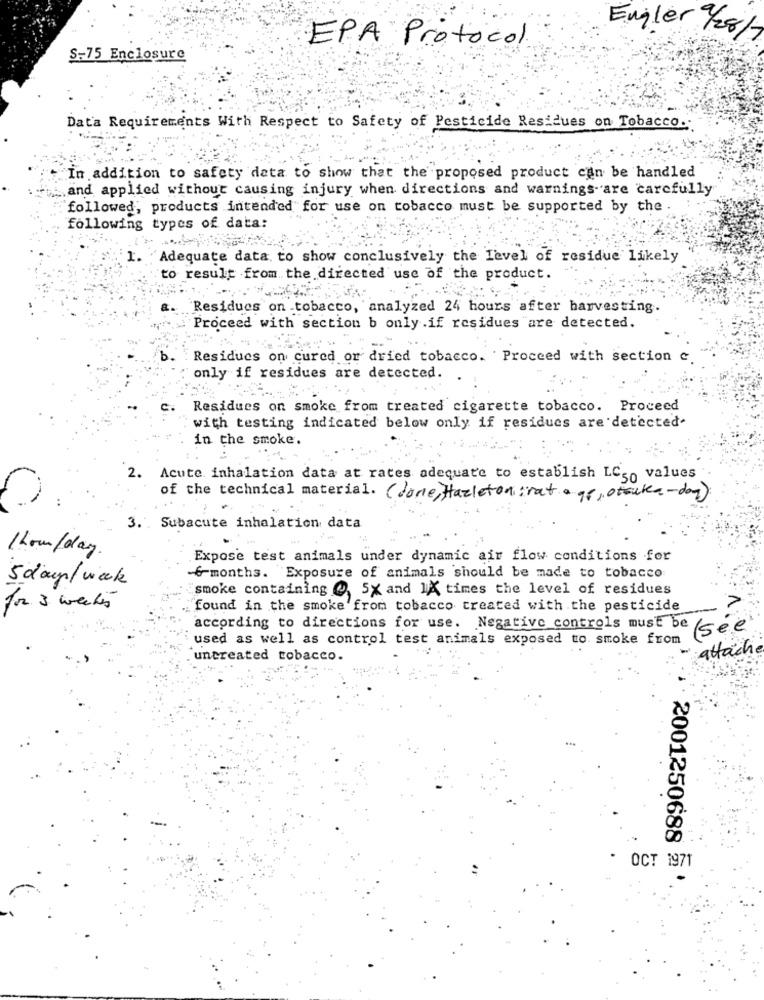
Engler / 28/7
EPA Protocol
S-75 Enclosure
Data Requirements With Respect to Safety of Pesticide Residues on Tobacco.
In addition to safety data to show that the proposed product can be handled
and applied without causing injury when directions and warnings- are carefully
followed, products intended for use on tobacco must be supported by the
following types of data:
Adequate data to show conclusively the Level of residue likely
to result from the directed use of the product.
Residues on tobacco, analyzed 24 hours after harvesting.
Proceed with section b only .if residues are detected.
b .
Residues on cured or dried tobacco. Proceed with section c.
only if residues are detected.
c.
Residues on smoke from treated cigarette tobacco. Proceed
with testing indicated below only if residues are detected.
in the smoke.
2. Acute inhalation data at rates adequate to establish LCs. values
of the technical material. (done, Hazleton : rata gr, otsuka-day)
3. . Subacute inhalation data
1hour/day
Expose test animals under dynamic air flow conditions for
5 days/ week
& months. Exposure of animals should be made to tobacco
smoke containing @ 5X and 1X times the level of residues
for 3 weeks
found in the smoke from tobacco treated with the pesticide
according to directions for use. Negative controls must be (see
used as well as control test animals exposed to. smoke from
attache
uncreated tobacco.
2001250688
OCT 1971